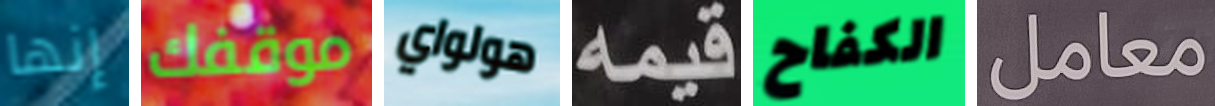
إنها موقفك هولواي قيمه الكفاح معامل